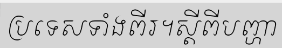
ប្រទេសទាំងពីរ។ស្តីពីបញ្ហា